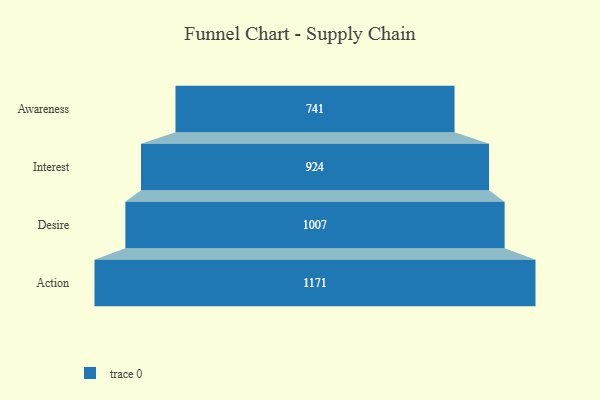
{"axis": {"x": "Stage", "y": "Value"}, "legend": [""], "data": [{"x": "Awareness", "y": 741.0, "type": ""}, {"x": "Interest", "y": 924.0, "type": ""}, {"x": "Desire", "y": 1007.0, "type": ""}, {"x": "Action", "y": 1171.0, "type": ""}]}